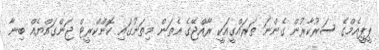
ޕީޕީއެމްގެ ސަރުކާރުން ގެންނަ ތަރައްގީއަކީ ރާއްޖޭގެ އެތަން މިތަނުގައި ކޮންކްރީޓް ޖަންގައްޔެއް ބިނާ